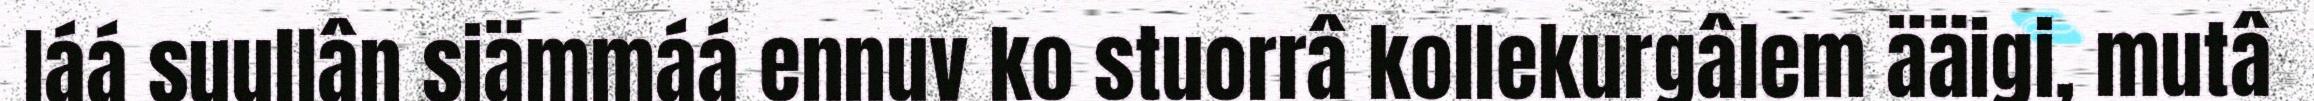
láá suullân siämmáá ennuv ko stuorrâ kollekurgâlem ääigi, mutâ